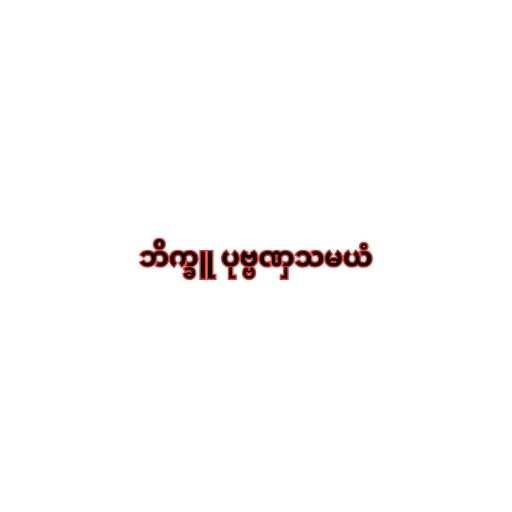
ဘိက္ခူ ပုဗ္ဗဏှသမယံ